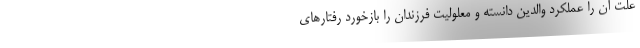
علت آن را عملکرد والدین دانسته و معلولیت فرزندان را بازخورد رفتارهای